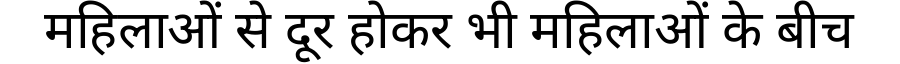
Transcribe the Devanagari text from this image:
महिलाओं से दूर होकर भी महिलाओं के बीच